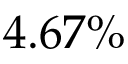
4 . 6 7 \%